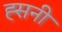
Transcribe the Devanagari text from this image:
ह्सनी